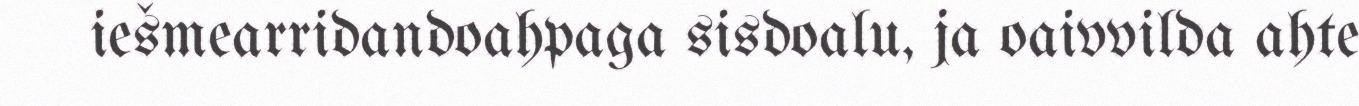
iešmearridandoahpaga sisdoalu, ja oaivvilda ahte